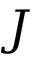
J